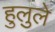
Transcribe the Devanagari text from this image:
हुलुले